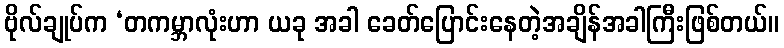
ဗိုလ်ချုပ်က ‘တကမ္ဘာလုံးဟာ ယခု အခါ ခေတ်ပြောင်းနေတဲ့အချိန်အခါကြီးဖြစ်တယ်။